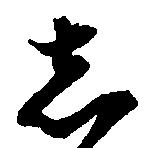
し